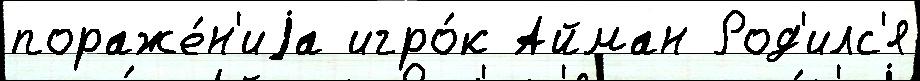
пораже́н'иjа игро́к Айман Род'илс'я